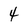
Character: 4